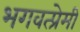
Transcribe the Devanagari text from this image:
भगवत्प्रेमी